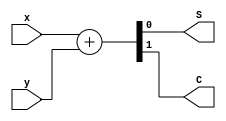
/****************************************
* Title   : half_addder.v
* Purpose : Describes a Half adder circuit in various styles
*****************************************/

`timescale 1ns/1ps

//Uncomment any one of the descriptions before validating with a test-bench

/**Gate-Level description***
module half_adder ( output S, C,
		input x, y);

	xor (S, x, y);
	and (C, x, y);

endmodule
***/

/**Data-flow description**/
module half_adder ( output S, C,
		input x, y);

	assign {C, S} = x + y;

endmodule
/***/

/**Behavioural description**
module half_adder ( output reg S, C,
		input x, y);
	
	always @ (x or y)
		{C, S} = x + y;

endmodule
***/